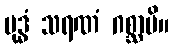
ဗုဒ္ဓံ သရဏံ ဂစ္ဆာမိ။